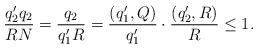
LaTeX: \begin{align*}\frac{q_2'q_2}{RN}=\frac{q_2}{q_1'R}=\frac{(q_1',Q)}{q_1'}\cdot\frac{(q_2',R)}{R}\leq 1.\end{align*}